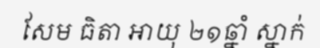
សែម ធិតា អាយុ ២១ឆ្នាំ ស្នាក់